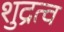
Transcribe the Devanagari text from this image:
शुद्रत्व